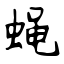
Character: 蝇